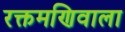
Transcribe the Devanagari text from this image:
रक्तमणिवाला